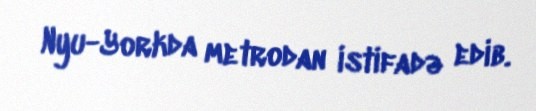
Nyu-Yorkda metrodan istifadə edib.